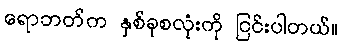
ရောဘတ်က နှစ်ခုစလုံးကို ငြင်းပါတယ်။